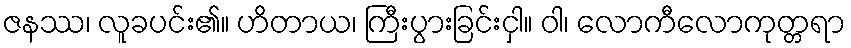
ဇနဿ၊ လူခပင်း၏။ ဟိတာယ၊ ကြီးပွားခြင်းငှါ။ ဝါ၊ လောကီလောကုတ္တရာ